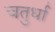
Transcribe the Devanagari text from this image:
चतुर्धा